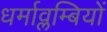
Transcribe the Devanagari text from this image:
धर्माव्लम्बियों